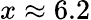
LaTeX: x\approx 6.2